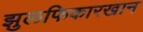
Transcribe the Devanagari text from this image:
झुलफिकारखान